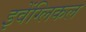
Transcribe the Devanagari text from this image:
इवेंग्लिकल